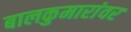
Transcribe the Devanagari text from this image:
बालकुमारांवर